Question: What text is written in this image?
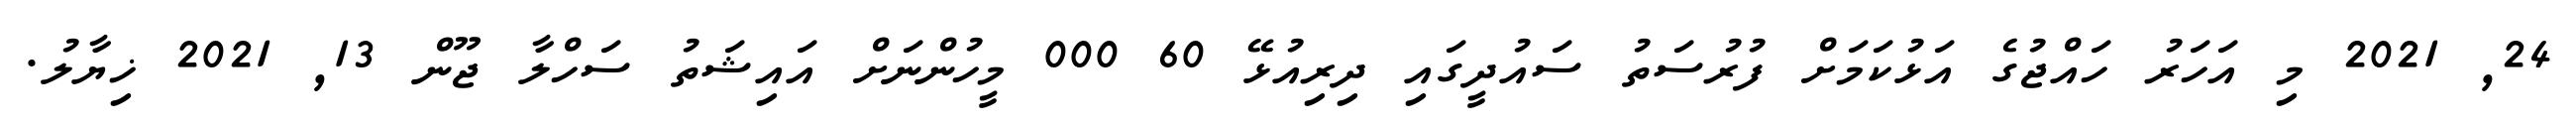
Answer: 24, 2021 މި އަހަރު ހައްޖުގެ އަޅުކަމަށް ފުރުސަތު ސައުދީގައި ދިރިއުޅޭ 60 000 މީހުންނަށް އައިޝަތު ސަހްލާ ޖޫން 13, 2021 ޚިޔާލު.